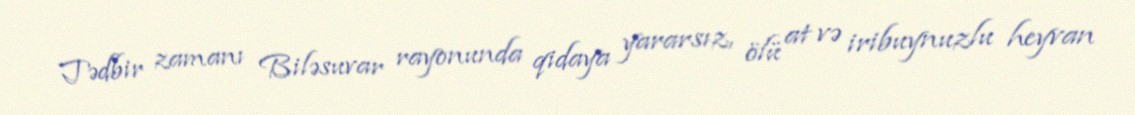
Tədbir zamanı Biləsuvar rayonunda qidaya yararsız, ölü at və iribuynuzlu heyvan